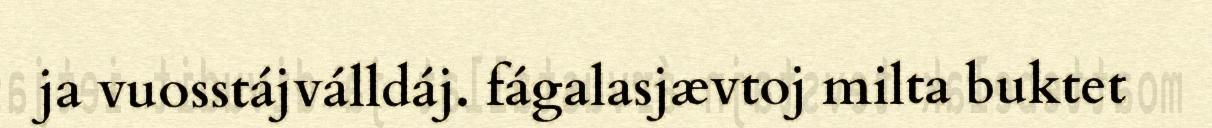
ja vuosstájválldáj. fágalasjævtoj milta buktet